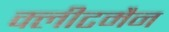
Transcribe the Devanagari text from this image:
क्लीटमैन